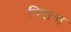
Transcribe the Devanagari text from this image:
पियाना